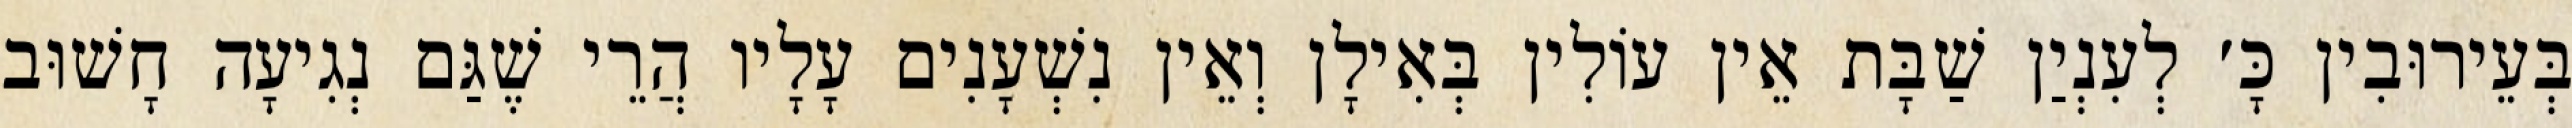
בְּעֵירוּבִין כָּ׳ לְעִנְיַן שַׁבָּת אֵין עוֹלִין בְּאִילָן וְאֵין נִשְׁעָנִים עָלָיו הֲרֵי שֶׁגַּם נְגִיעָה חָשׁוּב